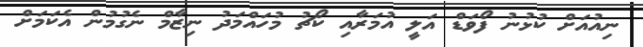
ނިއުއަށް ކުޅުނު ފޯވަޑް އަލީ އުމަރާއި ކޯޗު މުހައްމަދު ނިޒާމް ނެގުމުން އެކަމަށް